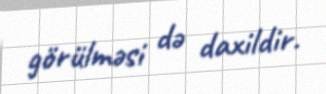
görülməsi də daxildir.